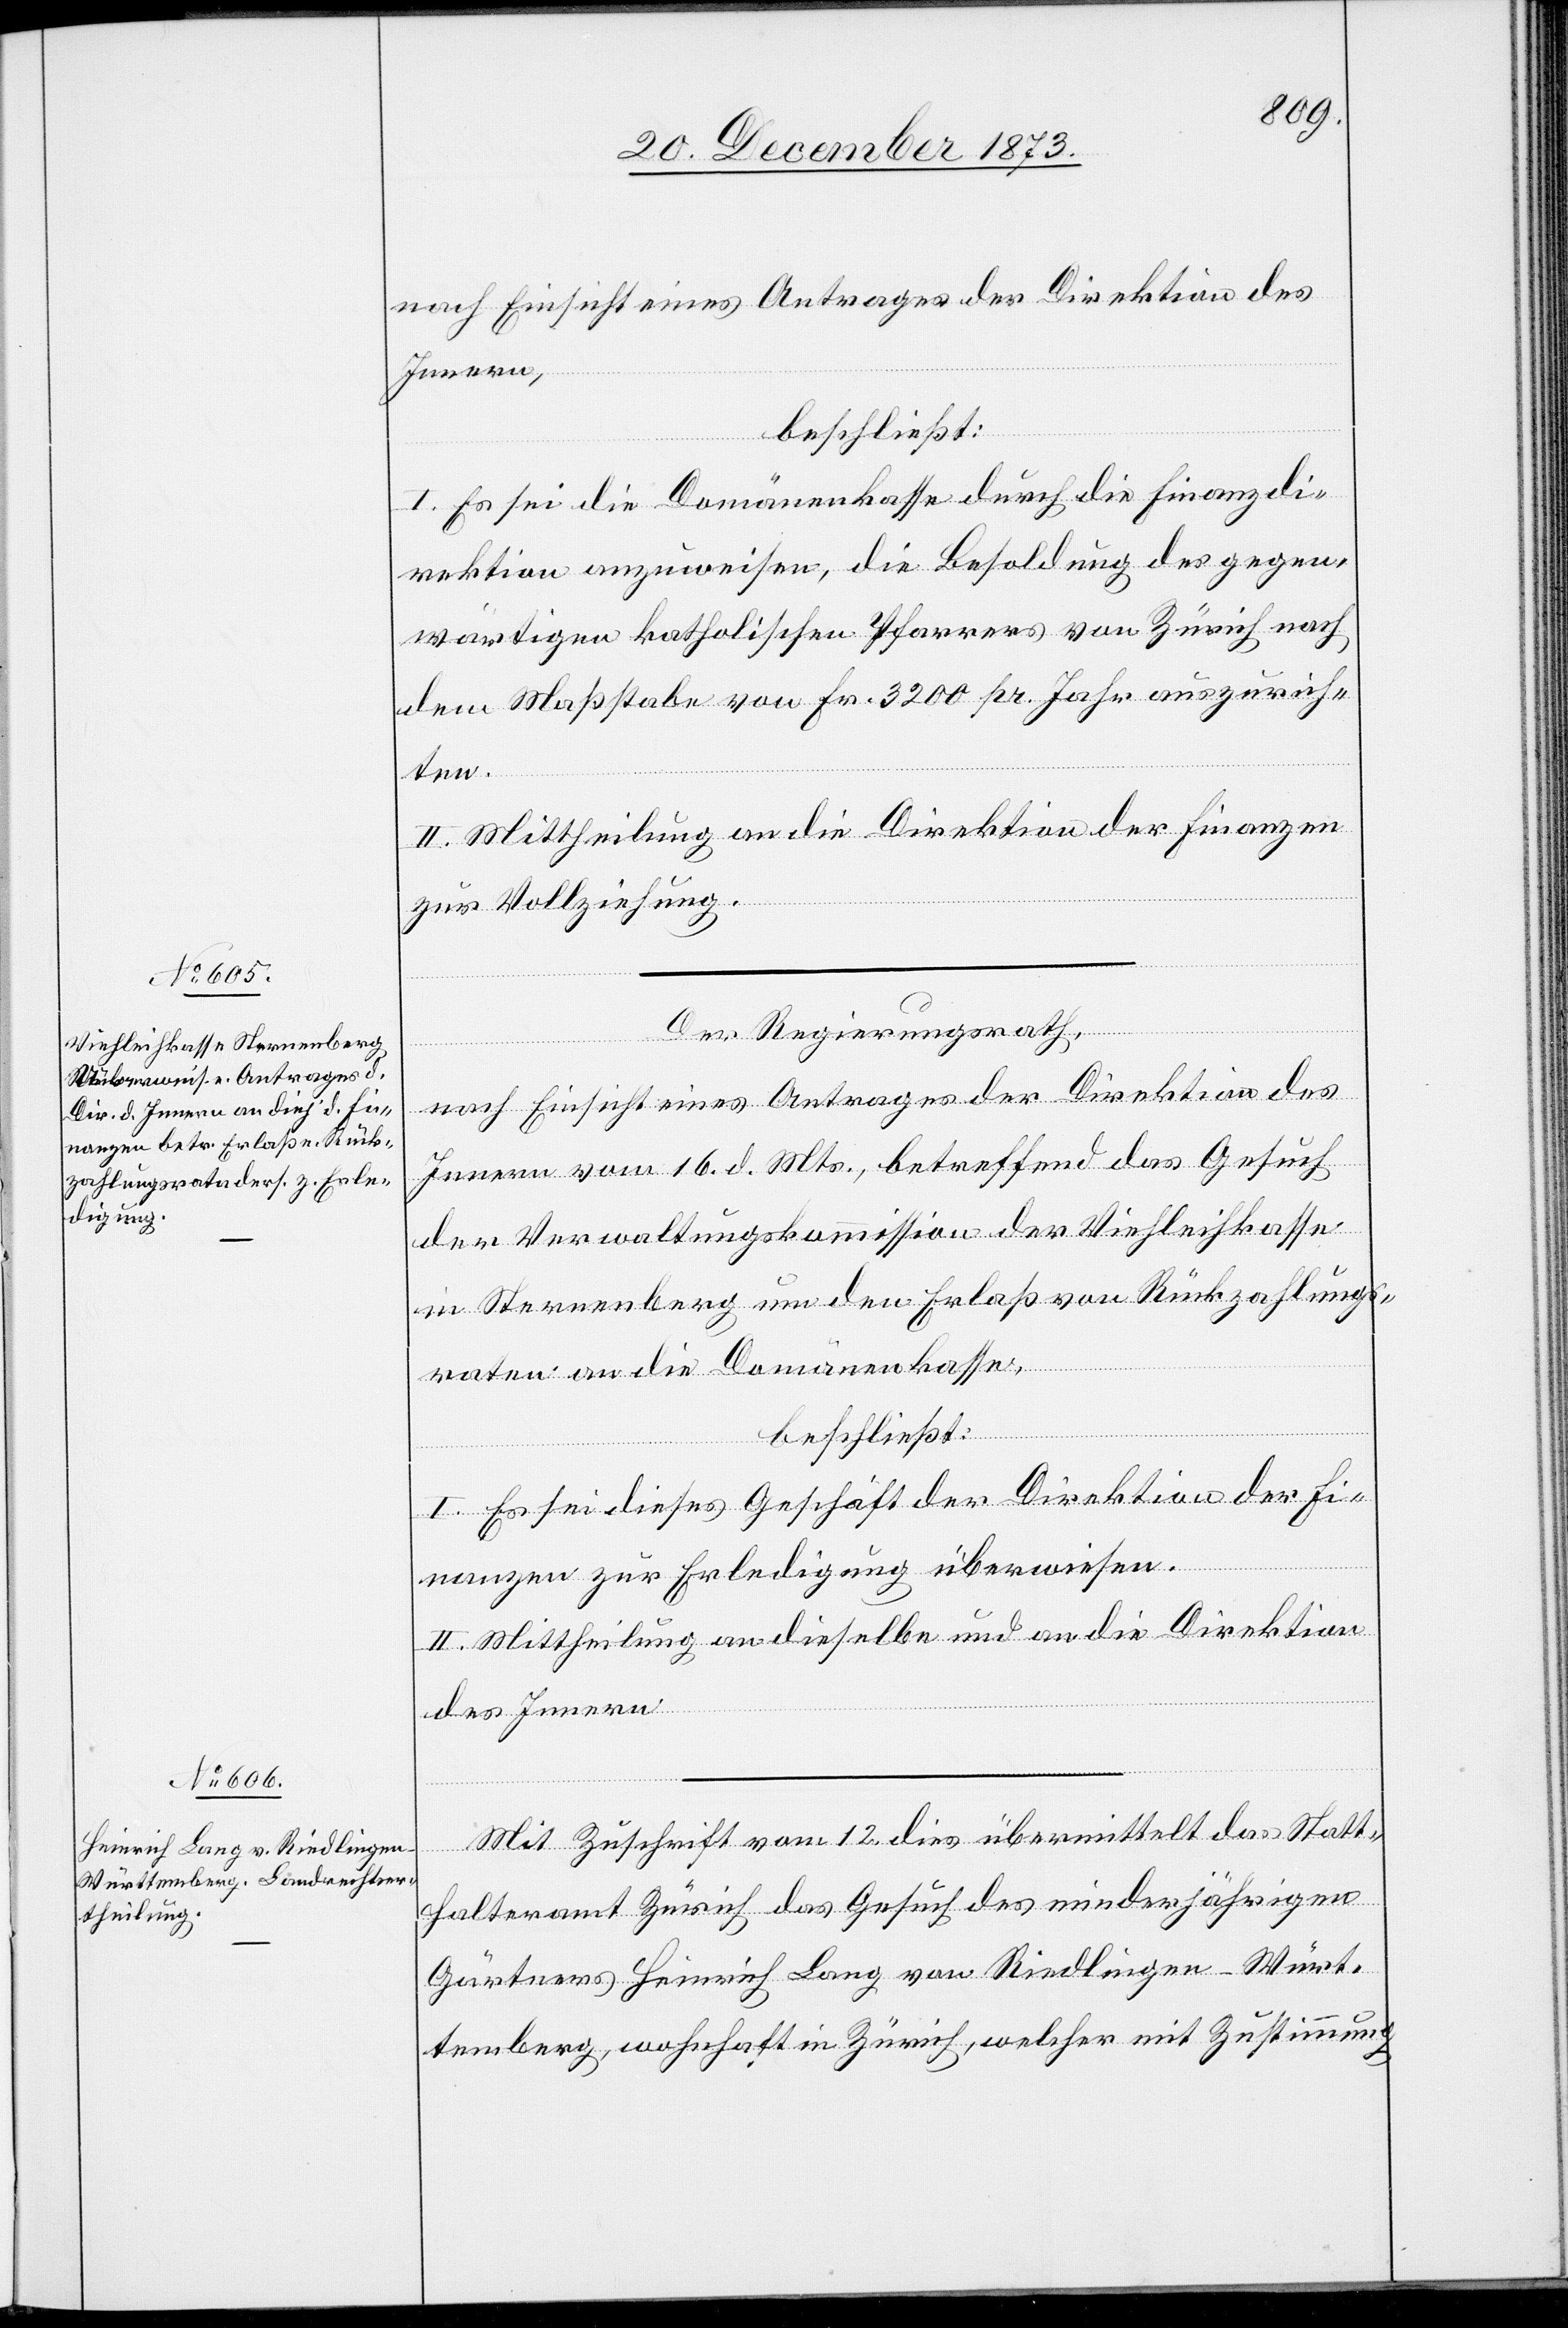
nach Einsicht eines Antrages der Direktion des
Innern,
beschließt:
I. Es sei die Domänenkasse durch die Finanzdi¬
rektion anzuweisen, die Besoldung des gegen¬
wärtigen katholischen Pfarrers von Zürich nach
dem Maßstabe von Fr. 3 200 pr. Jahr auszurich¬
ten.
II. Mittheilung an die Direktion der Finanzen
zur Vollziehung.
Der Regierungsrath,
nach Einsicht eines Antrages der Direktion des
Innern vom 16. d. Mts., betreffend das Gesuch
der Verwaltungskommission der Viehleihkasse
in Sternenberg um den Erlaß von Rückzahlungs¬
raten an die Domänenkasse,
beschließt:
I. Es sei dieses Geschäft der Direktion der Fi¬
nanzen zur Erledigung überwiesen.
II. Mittheilung an dieselbe und an die Direktion
des Innern.
Mit Zuschrift vom 12. dies übermittelt das Statt¬
halteramt Zürich das Gesuch des minderjährigen
Gärtners Heinrich Lang von Riedlingen - Würt¬
temberg, wohnhaft in Zürich, welcher mit Zustimmung